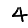
Digit: 4